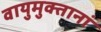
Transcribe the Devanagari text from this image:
वायुमुक्तानां